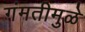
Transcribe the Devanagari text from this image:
गंमतीमुळे